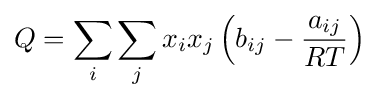
Q=\sum _{i}\sum _{j}x_{i}x_{j}\left(b_{ij}-{\frac {a_{ij}}{RT}}\right)